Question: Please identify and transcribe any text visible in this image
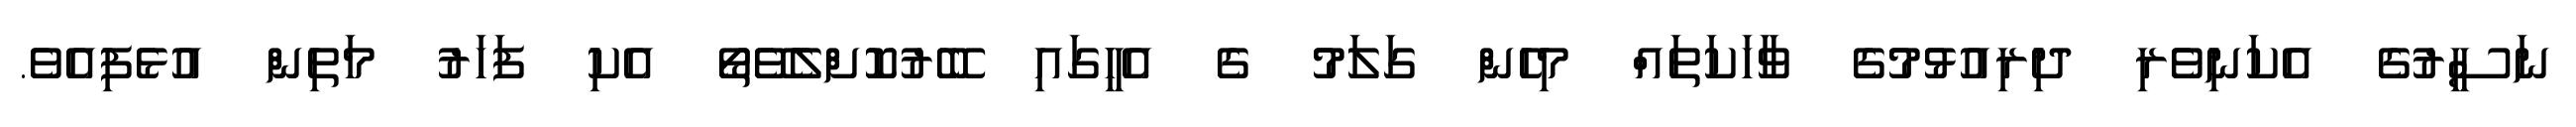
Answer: ނަސީރުގެ އެކަނިވެރި ދިރިއުޅުމުގެ ވާހަކަތައް މިހެން ގަލަމު ގެ އެހީގައި ބޭރުކޮށްލެވޭތޯ އެކި ފަހަރު މަތިން އުޅެފިއެވެ.